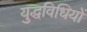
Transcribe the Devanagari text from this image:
युद्धविधियों